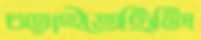
চড়াইতেছিলি